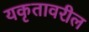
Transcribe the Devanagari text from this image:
यकृतावरील